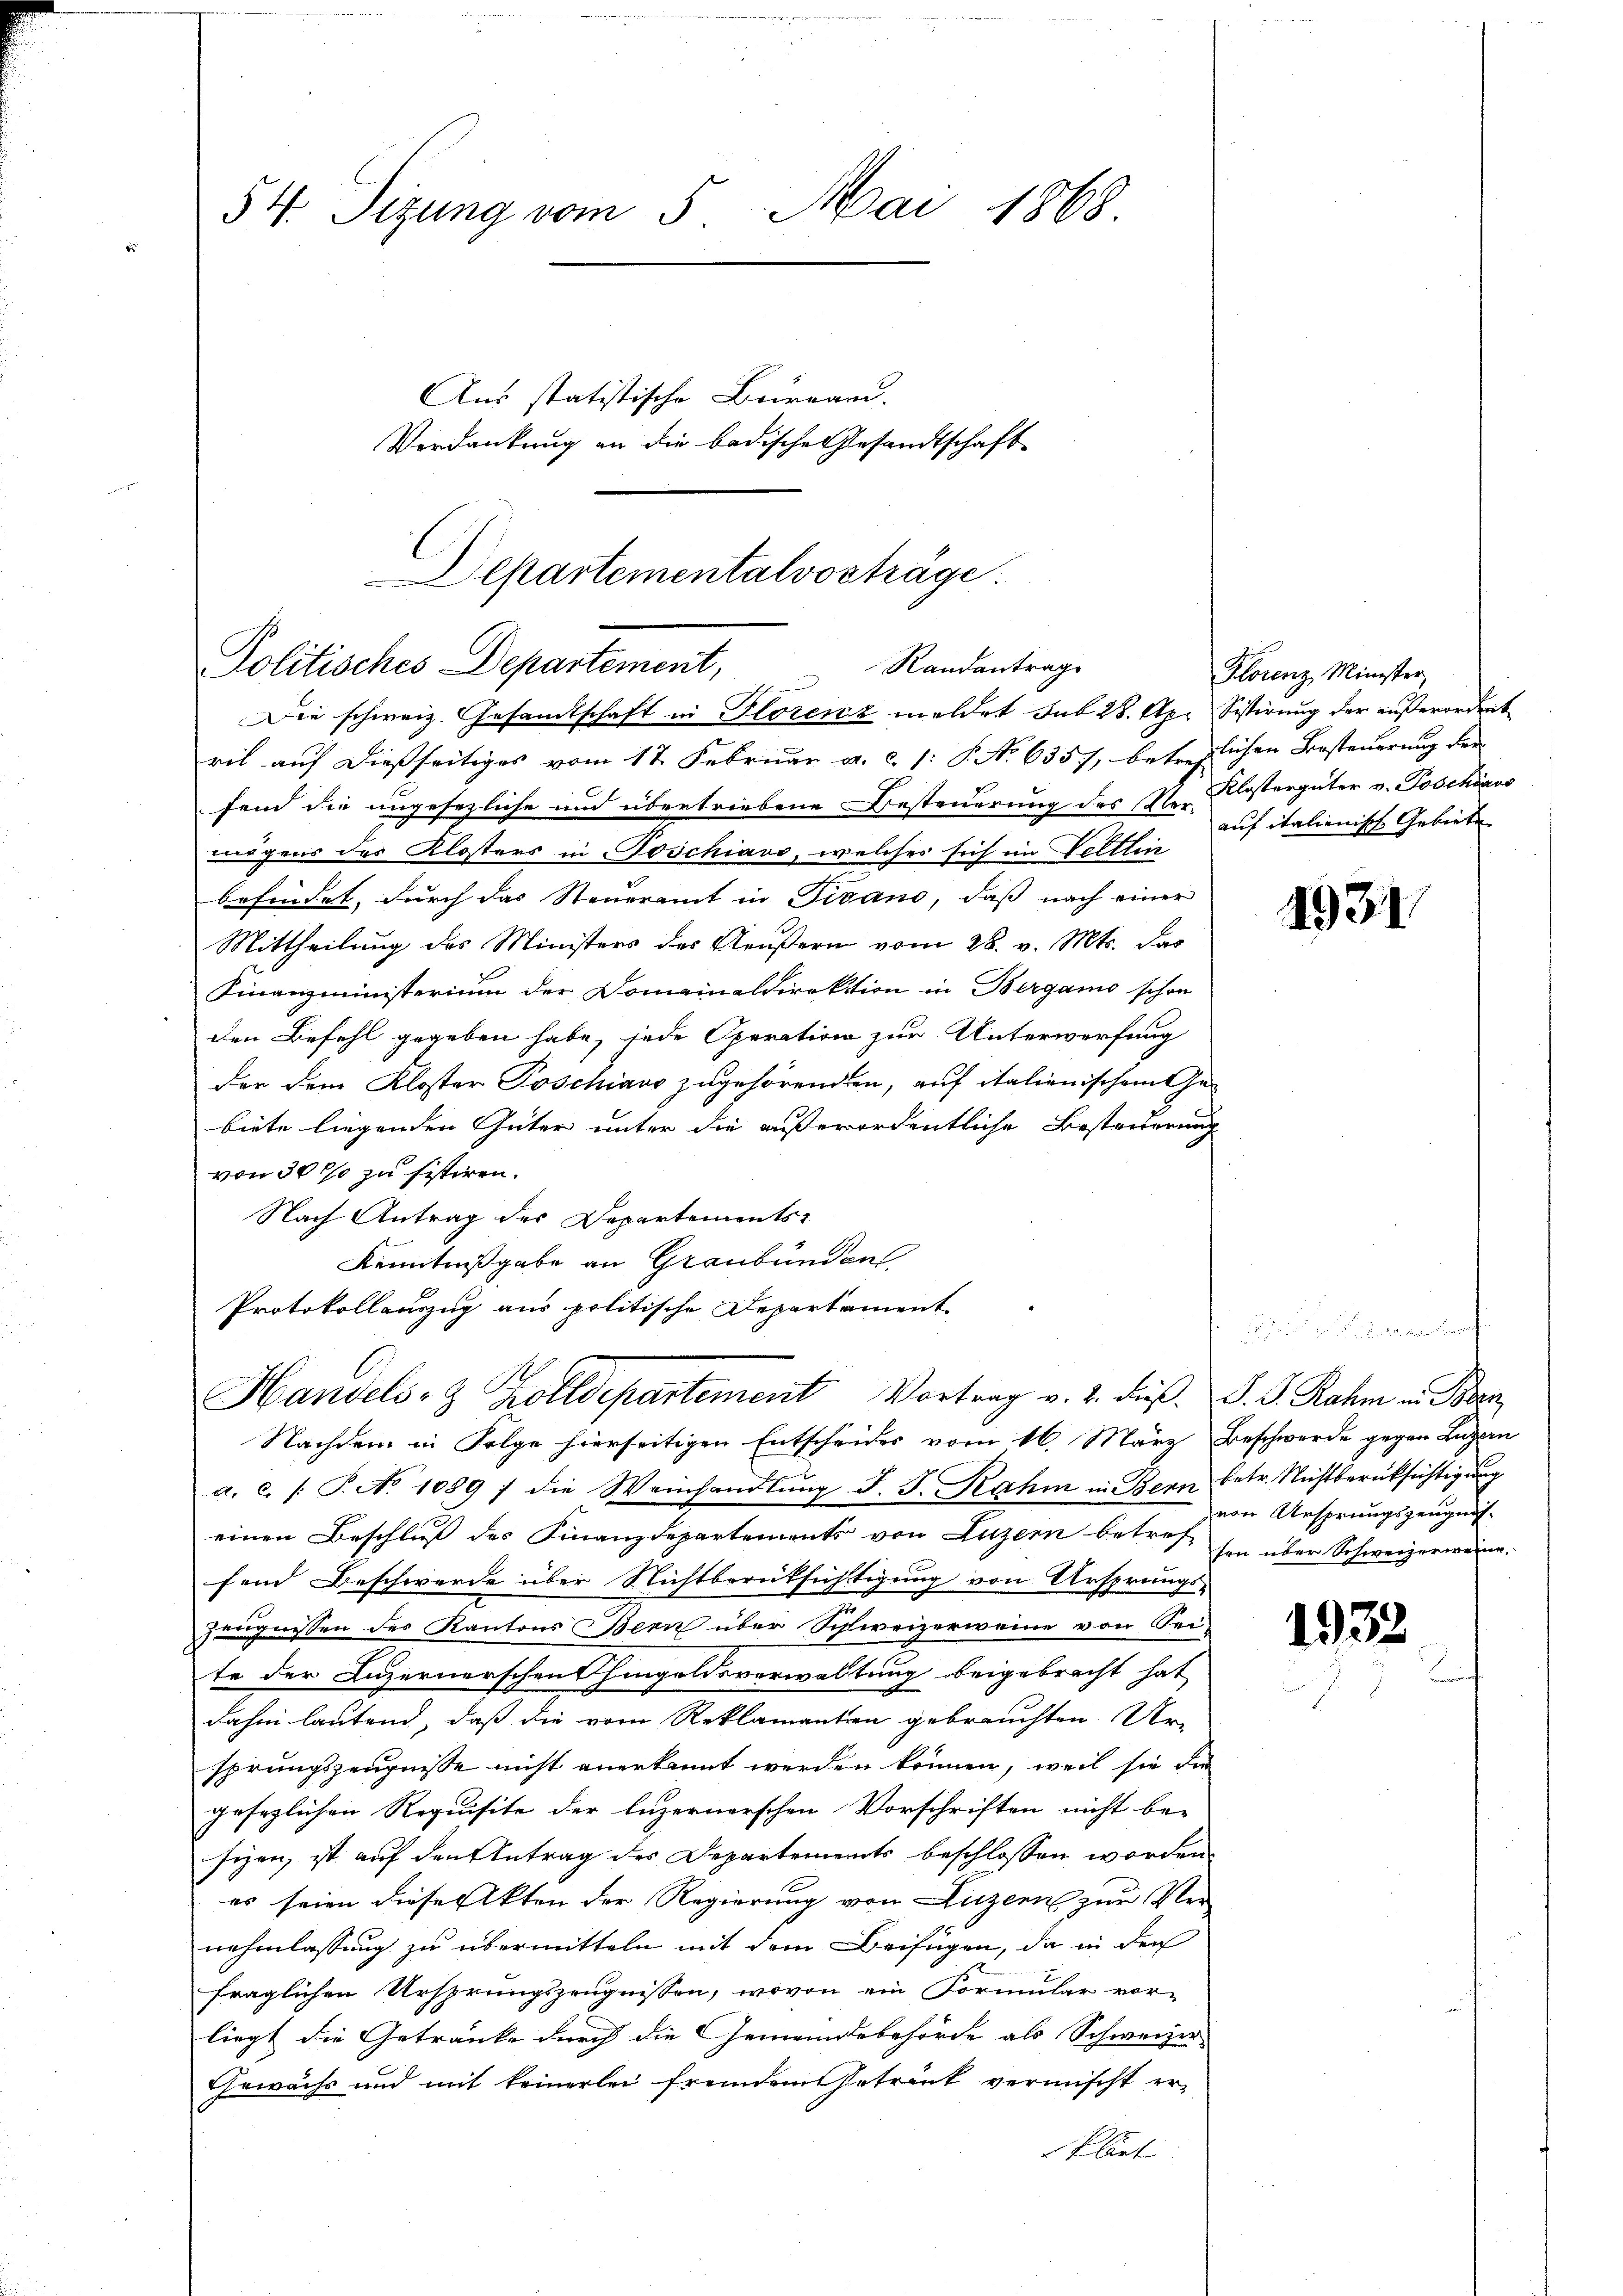
54 Sizung vom 5. Mai 1868.
Aus statistische Beirrand.
Verdankung an die badischen Gesandtschaft

Departementalvorträge
Politisches Departement, Randantrage
Die schweiz. Gesandtschaft in Florenz meldet sub 28. Apr Sistirung der außerordent

ril auf dießseitiges vom 17. Februar a. c. /: P. Nr. 635/, betreylichen Besteuerung der
fend die ungesezliche und übertriebene Besteuerung des N. Klostergüter v. Poschiavo
mögens des Klosters in Poschiavo, welches sich im Veltlin
befindet, durch das Steueramt in Tirano, daß nach einer
Mittheilung des Ministers des Aeußern vom 28. v. Mts. das
Finanzministerium der Domainaldirektion in Bergamo schon
den Befehl gegeben habe, jede Operation zur Unterwerfung
der dem Kloster Poschiavo zugehörenden, auf italienischem Gebiete liegenden Güter unter die außerordentliche Besteuerung
von 30% zu sistiren.
Nach Antrag des Departements-
Kenntnißgabe an Graubünden
Protokollauszug aus politische Departament.

Handels- & Zolldepartement Vortrag v. 2. dieß. S. S. Rahm in Bern

Florenz Minister,
auf italienische Gebiete

Nachdem in Folge hierseitigen Entscheides vom 16. März Beschwerde gegen Luzern
a. c. (T. No 1089 ; die Weinhandlŭng d. J. Rahm in Bern betr. Nichtberücksichtigung
einen Beschluß des Finanzdepartements von Luzern betreff von über Schweizerweine.
fend Beschwerde über Nichtberüksichtigung von Ursprungs-
Zeugnissen des Kantons Bern über Schweizerweine von Sei-
te der Luzernerschen Hingeldsverwaltung beigebracht hat
dahin lautend, daß die vom Reklamantin gebrauchten Ur-
sprungszeugnisse nicht anerkannt werden können, weil sie die
gesezlichen Requisite der luzernerschen Vorschriften nicht be-
sizen, ist auf den Antrag des Departements beschlossen worden.
es seien diese Akten der Regierung von Luzern zur Vernehmlassung zu übermitteln mit dem Beifügen, da in den
fraglichen Ursprungszeugnissen, wovon ein Formular vor-
liegt die Getränke durch die Gemeindebehörde als Schweizer
Gewächs und mit keinerlei fremdem Getreut vermischt erklärt

1931

von Ansprungszeugnis.

1932